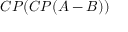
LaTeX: C P ( C P ( A - B ) )